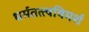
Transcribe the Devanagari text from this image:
धर्मतत्त्वविमर्श